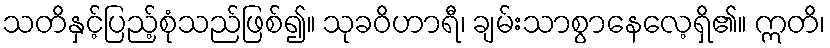
သတိနှင့်ပြည့်စုံသည်ဖြစ်၍။ သုခဝိဟာရီ၊ ချမ်းသာစွာနေလေ့ရှိ၏။ ဣတိ၊